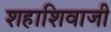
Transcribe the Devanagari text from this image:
शहाशिवाजी